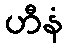
ဟီနံ